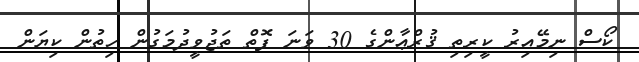
ކޯސް ނިމޭއިރު ކީރިތި ޤުރްޢާންގެ 30 ވަނަ ފޮތް ތަޖުވީދުމަގުން ހިތުން ކިޔަން